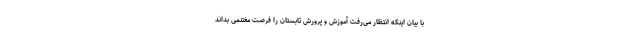
با بیان اینکه انتظار می‌رفت آموزش و پرورش تابستان را فرصت مغتنمی بداند